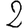
Digit: 2